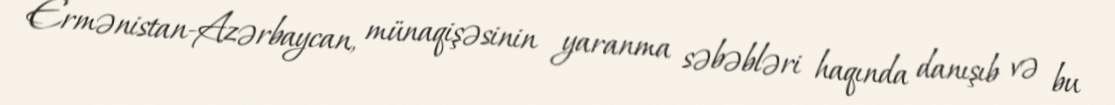
Ermənistan-Azərbaycan, münaqişəsinin yaranma səbəbləri haqında danışıb və bu